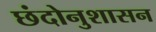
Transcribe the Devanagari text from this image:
छंदोनुशासन